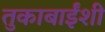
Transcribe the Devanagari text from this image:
तुकाबाईंशी